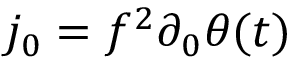
j _ { 0 } = f ^ { 2 } \partial _ { 0 } \theta ( t )